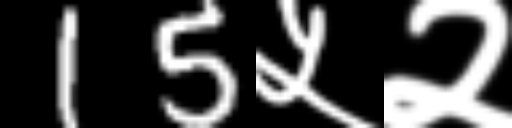
Text: 15५२